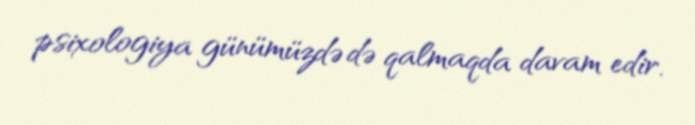
psixologiya günümüzdə də qalmaqda davam edir.